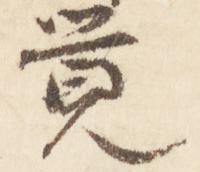
覚